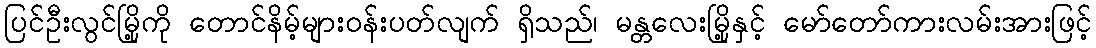
ပြင်ဦးလွင်မြို့ကို တောင်နိမ့်များဝန်းပတ်လျက် ရှိသည်၊ မန္တလေးမြို့နှင့် မော်တော်ကားလမ်းအားဖြင့်